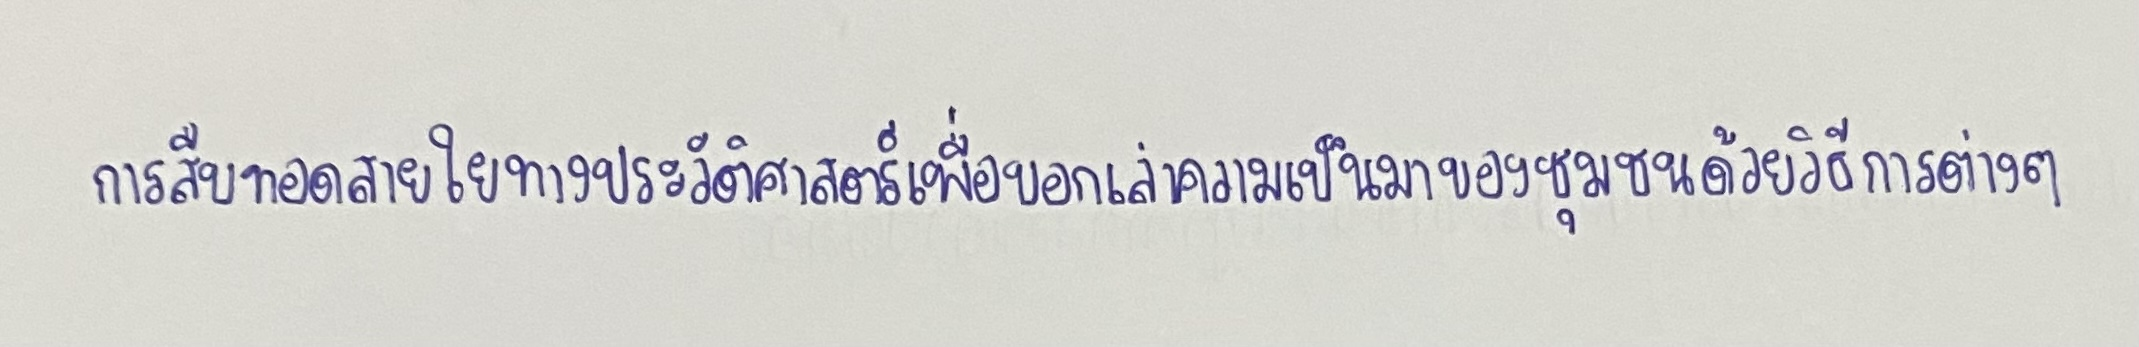
การสืบทอดสายใยทางประวัติศาสตร์เพื่อบอกเล่าความเป็นมาของชุมชนด้วยวิธีการต่างๆ